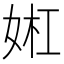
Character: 𫰬